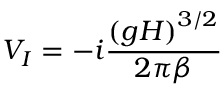
V _ { I } = - i \frac { \left( g H \right) ^ { 3 / 2 } } { 2 \pi \beta }